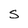
Character: S